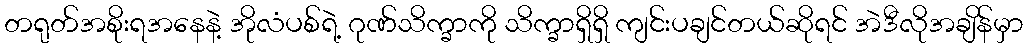
တရုတ်အစိုးရအနေနဲ့ အိုလံပစ်ရဲ့ ဂုဏ်သိက္ခာကို သိက္ခာရှိရှိ ကျင်းပချင်တယ်ဆိုရင် အဲဒီလိုအချိန်မှာ